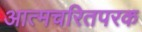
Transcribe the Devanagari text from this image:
आत्मचरितपरक